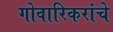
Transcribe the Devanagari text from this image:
गोवारिकरांचे